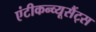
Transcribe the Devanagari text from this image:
एंटीकन्व्यूसैंट्स